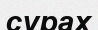
сурах